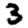
Digit: 3